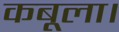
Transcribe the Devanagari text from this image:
कबूला।